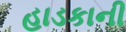
હાડકાની